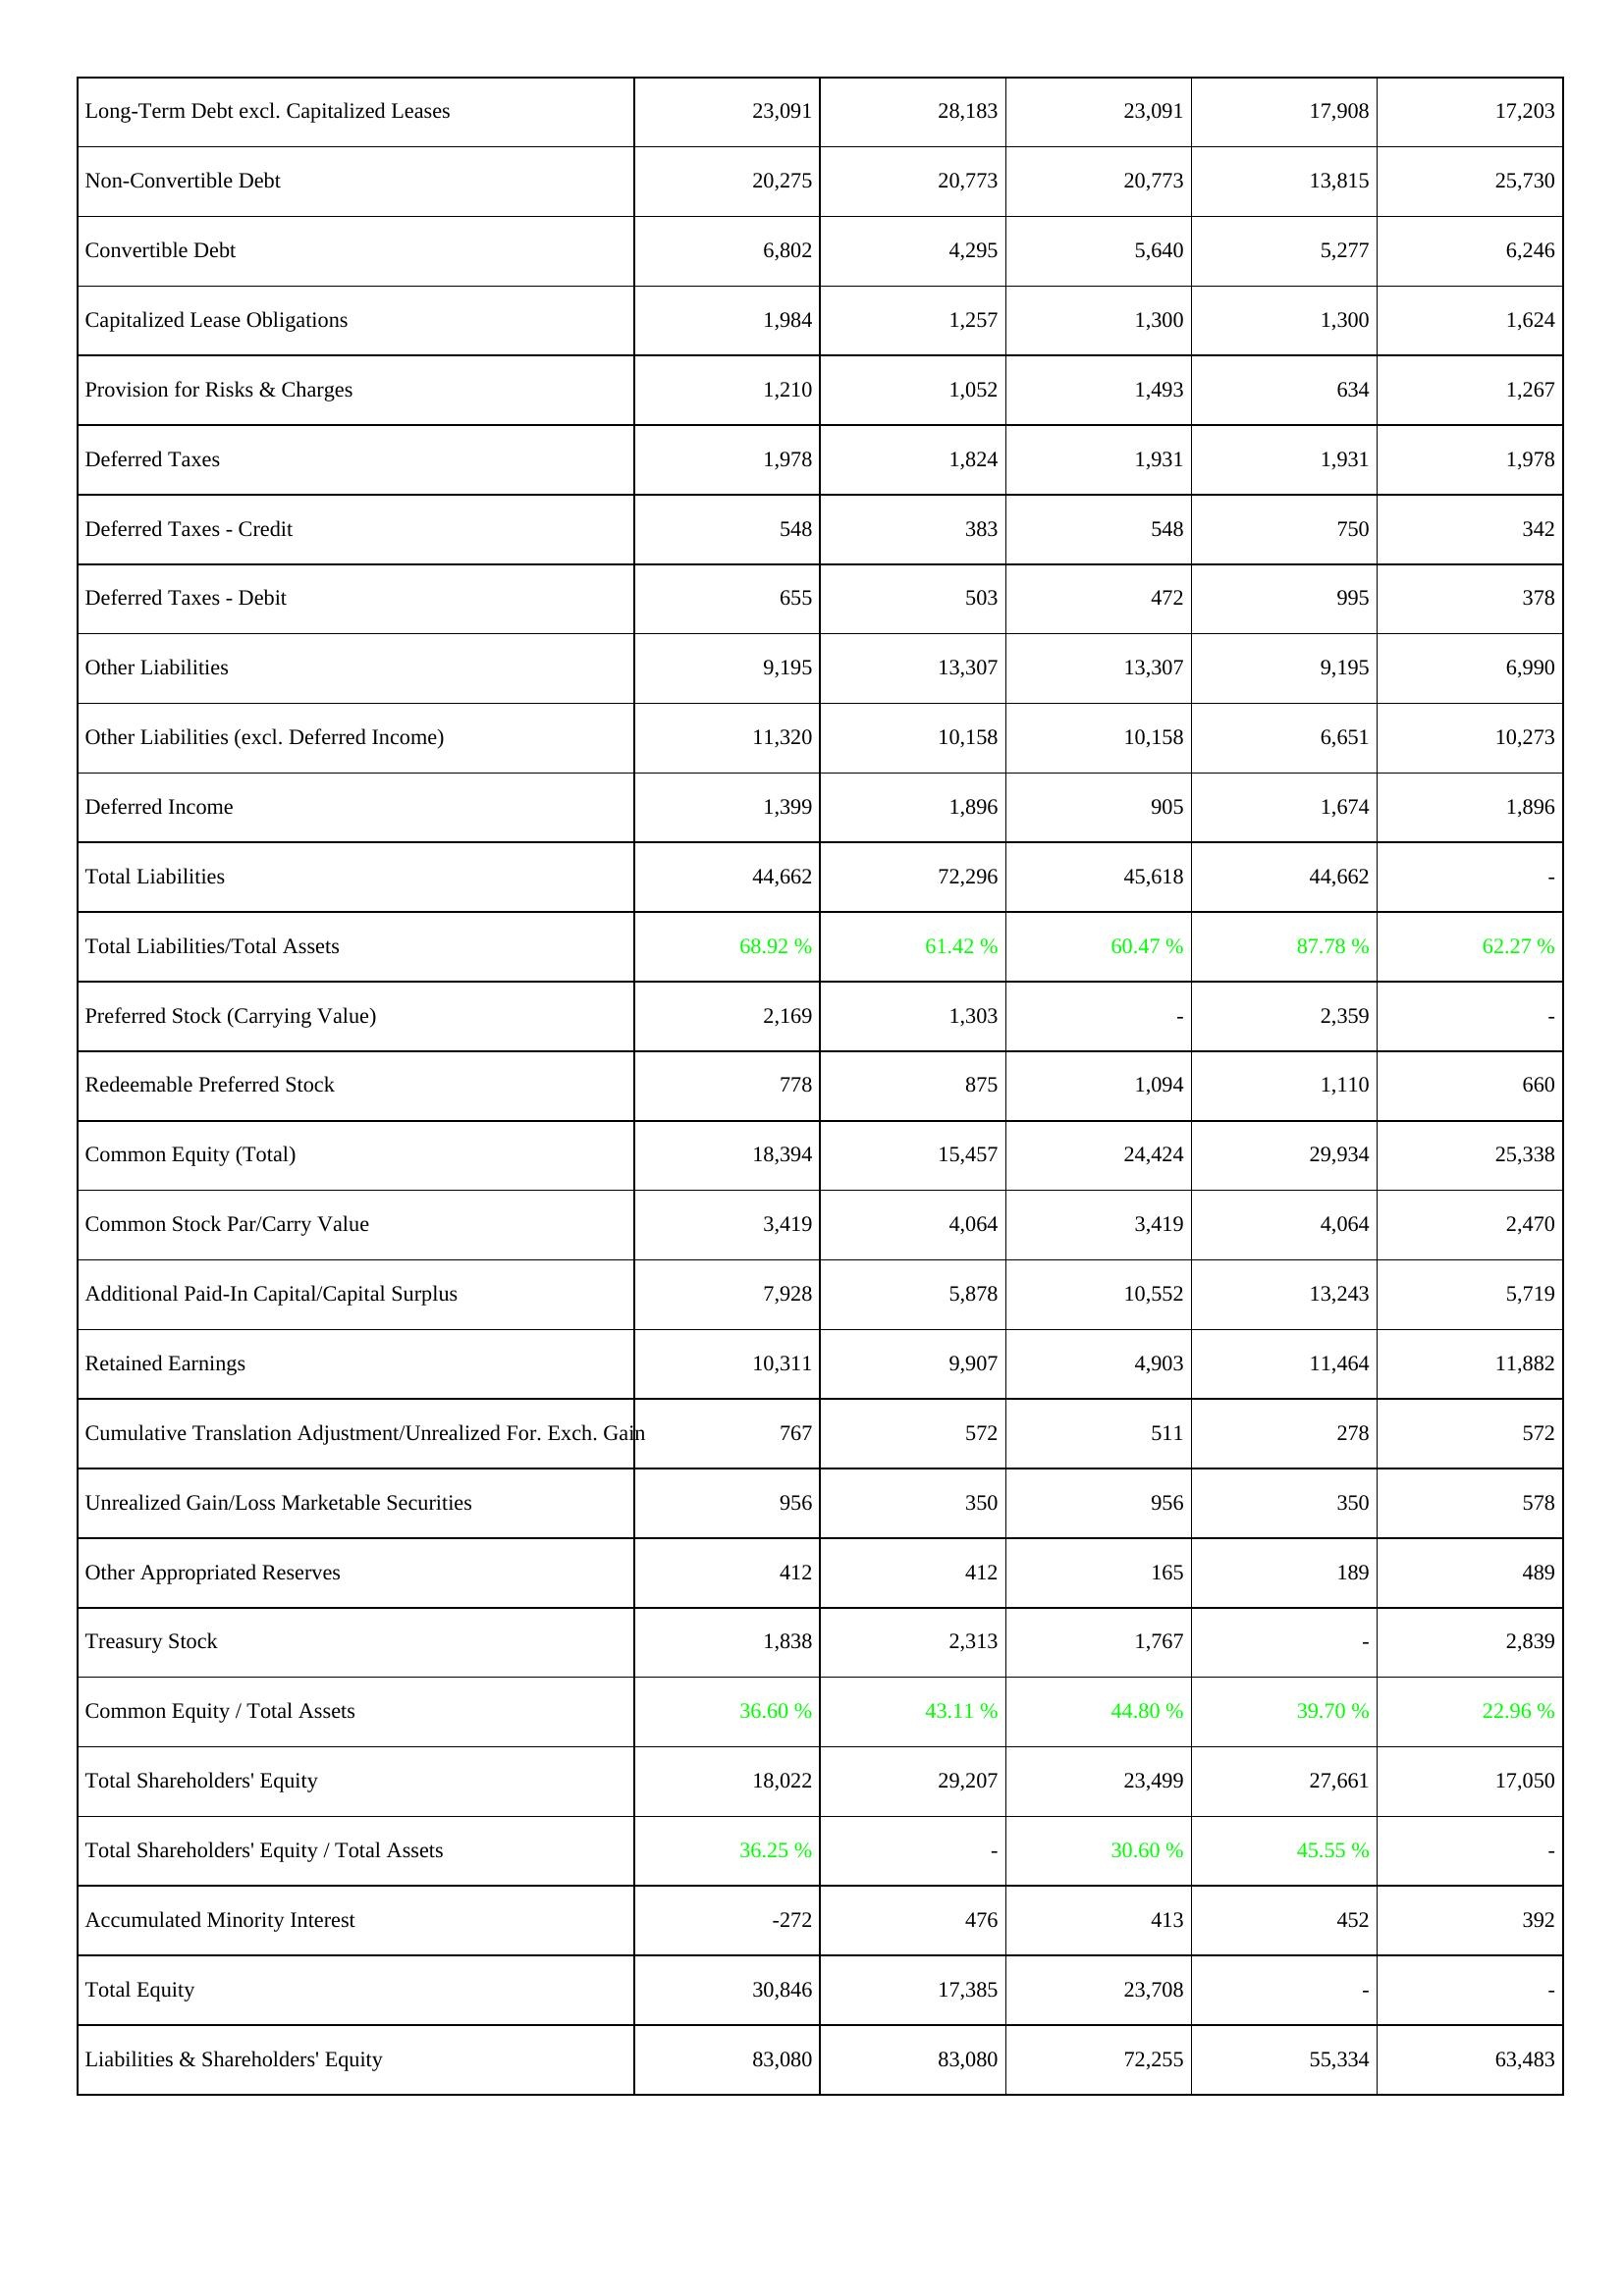
2026: Liabilities & Shareholders' Equity: Long-Term Debt excl. Capitalized Leases: 23,091
Non-Convertible Debt: 20,275
Convertible Debt: 6,802
Capitalized Lease Obligations: 1,984
Provision for Risks & Charges: 1,210
Deferred Taxes: 1,978
Deferred Taxes - Credit: 548
Deferred Taxes - Debit: 655
Other Liabilities: 9,195
Other Liabilities (excl. Deferred Income): 11,320
Deferred Income: 1,399
Total Liabilities: 44,662
Total Liabilities/Total Assets: 68.92 %
Preferred Stock (Carrying Value): 2,169
Redeemable Preferred Stock: 778
Common Equity (Total): 18,394
Common Stock Par/Carry Value: 3,419
Additional Paid-In Capital/Capital Surplus: 7,928
Retained Earnings: 10,311
Cumulative Translation Adjustment/Unrealized For. Exch. Gain: 767
Unrealized Gain/Loss Marketable Securities: 956
Other Appropriated Reserves: 412
Treasury Stock: 1,838
Common Equity / Total Assets: 36.60 %
Total Shareholders' Equity: 18,022
Total Shareholders' Equity / Total Assets: 36.25 %
Accumulated Minority Interest: -272
Total Equity: 30,846
Liabilities & Shareholders' Equity: 83,080
2025: Liabilities & Shareholders' Equity: Long-Term Debt excl. Capitalized Leases: 28,183
Non-Convertible Debt: 20,773
Convertible Debt: 4,295
Capitalized Lease Obligations: 1,257
Provision for Risks & Charges: 1,052
Deferred Taxes: 1,824
Deferred Taxes - Credit: 383
Deferred Taxes - Debit: 503
Other Liabilities: 13,307
Other Liabilities (excl. Deferred Income): 10,158
Deferred Income: 1,896
Total Liabilities: 72,296
Total Liabilities/Total Assets: 61.42 %
Preferred Stock (Carrying Value): 1,303
Redeemable Preferred Stock: 875
Common Equity (Total): 15,457
Common Stock Par/Carry Value: 4,064
Additional Paid-In Capital/Capital Surplus: 5,878
Retained Earnings: 9,907
Cumulative Translation Adjustment/Unrealized For. Exch. Gain: 572
Unrealized Gain/Loss Marketable Securities: 350
Other Appropriated Reserves: 412
Treasury Stock: 2,313
Common Equity / Total Assets: 43.11 %
Total Shareholders' Equity: 29,207
Total Shareholders' Equity / Total Assets: -
Accumulated Minority Interest: 476
Total Equity: 17,385
Liabilities & Shareholders' Equity: 83,080
2024: Liabilities & Shareholders' Equity: Long-Term Debt excl. Capitalized Leases: 23,091
Non-Convertible Debt: 20,773
Convertible Debt: 5,640
Capitalized Lease Obligations: 1,300
Provision for Risks & Charges: 1,493
Deferred Taxes: 1,931
Deferred Taxes - Credit: 548
Deferred Taxes - Debit: 472
Other Liabilities: 13,307
Other Liabilities (excl. Deferred Income): 10,158
Deferred Income: 905
Total Liabilities: 45,618
Total Liabilities/Total Assets: 60.47 %
Preferred Stock (Carrying Value): -
Redeemable Preferred Stock: 1,094
Common Equity (Total): 24,424
Common Stock Par/Carry Value: 3,419
Additional Paid-In Capital/Capital Surplus: 10,552
Retained Earnings: 4,903
Cumulative Translation Adjustment/Unrealized For. Exch. Gain: 511
Unrealized Gain/Loss Marketable Securities: 956
Other Appropriated Reserves: 165
Treasury Stock: 1,767
Common Equity / Total Assets: 44.80 %
Total Shareholders' Equity: 23,499
Total Shareholders' Equity / Total Assets: 30.60 %
Accumulated Minority Interest: 413
Total Equity: 23,708
Liabilities & Shareholders' Equity: 72,255
2023: Liabilities & Shareholders' Equity: Long-Term Debt excl. Capitalized Leases: 17,908
Non-Convertible Debt: 13,815
Convertible Debt: 5,277
Capitalized Lease Obligations: 1,300
Provision for Risks & Charges: 634
Deferred Taxes: 1,931
Deferred Taxes - Credit: 750
Deferred Taxes - Debit: 995
Other Liabilities: 9,195
Other Liabilities (excl. Deferred Income): 6,651
Deferred Income: 1,674
Total Liabilities: 44,662
Total Liabilities/Total Assets: 87.78 %
Preferred Stock (Carrying Value): 2,359
Redeemable Preferred Stock: 1,110
Common Equity (Total): 29,934
Common Stock Par/Carry Value: 4,064
Additional Paid-In Capital/Capital Surplus: 13,243
Retained Earnings: 11,464
Cumulative Translation Adjustment/Unrealized For. Exch. Gain: 278
Unrealized Gain/Loss Marketable Securities: 350
Other Appropriated Reserves: 189
Treasury Stock: -
Common Equity / Total Assets: 39.70 %
Total Shareholders' Equity: 27,661
Total Shareholders' Equity / Total Assets: 45.55 %
Accumulated Minority Interest: 452
Total Equity: -
Liabilities & Shareholders' Equity: 55,334
2022: Liabilities & Shareholders' Equity: Long-Term Debt excl. Capitalized Leases: 17,203
Non-Convertible Debt: 25,730
Convertible Debt: 6,246
Capitalized Lease Obligations: 1,624
Provision for Risks & Charges: 1,267
Deferred Taxes: 1,978
Deferred Taxes - Credit: 342
Deferred Taxes - Debit: 378
Other Liabilities: 6,990
Other Liabilities (excl. Deferred Income): 10,273
Deferred Income: 1,896
Total Liabilities: -
Total Liabilities/Total Assets: 62.27 %
Preferred Stock (Carrying Value): -
Redeemable Preferred Stock: 660
Common Equity (Total): 25,338
Common Stock Par/Carry Value: 2,470
Additional Paid-In Capital/Capital Surplus: 5,719
Retained Earnings: 11,882
Cumulative Translation Adjustment/Unrealized For. Exch. Gain: 572
Unrealized Gain/Loss Marketable Securities: 578
Other Appropriated Reserves: 489
Treasury Stock: 2,839
Common Equity / Total Assets: 22.96 %
Total Shareholders' Equity: 17,050
Total Shareholders' Equity / Total Assets: -
Accumulated Minority Interest: 392
Total Equity: -
Liabilities & Shareholders' Equity: 63,483